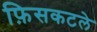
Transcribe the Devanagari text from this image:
फ़िसकटले